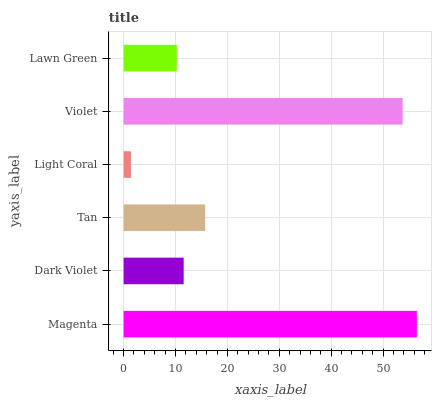
| yaxis_label | bars |
 | --- | --- |
 | Magenta | 56.5 |
 | Dark Violet | 11.6 |
 | Tan | 15.7 |
 | Light Coral | 1.41 |
 | Violet | 53.8 |
 | Lawn Green | 10.2 |